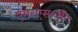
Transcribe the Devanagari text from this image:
एम॰एस॰सी॰